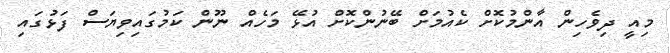
މިއީ ދިވެހިން އާންމުކޮށް ކެއުމަށް ބޭނުންކޮށް އުޅޭ މަހެއް ނޫން ކަމުގައިވިޔަސް ފަޅުގައި